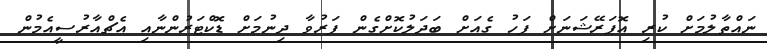
ނައްތާލުމަށް ކުރި އޮޕަރޭޝަނަށް ފަހު ގެއަށް ބަދަލުކޮށްގެން ފަރުވާ ދިނުމަށް ޑޮކްޓަރުންނާއި އެޗްއާރުސީއެމުން